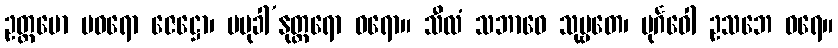
ဥတ္တမော ပဝရော ဇေဋ္ဌော၊ ပမုခါ’နုတ္တရော ဝရော။ သီလံ သဘာဝေ သုဗ္ဗတေ၊ ပုင်္ဂဝေါ ဥသဘေ ဝရေ။